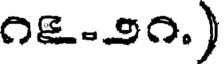
౧౬-౨౧.)